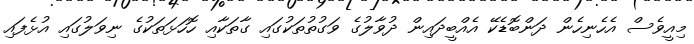
މިއީވެސް އެހެނިހެން ދަންބޮޑެކޭ އެއްބީދައިން ދުވާލުގެ ވަގުތުތަކުގައި ގާތަކާއި ހޮހަޅަތަކުގެ ނިވަލުގައި އުޅެފައި